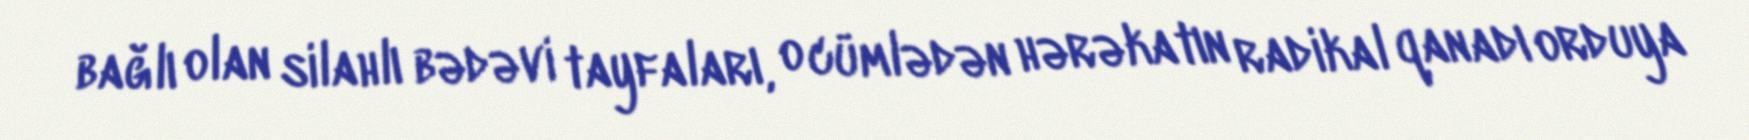
bağlı olan silahlı bədəvi tayfaları, o cümlədən hərəkatın radikal qanadı orduya